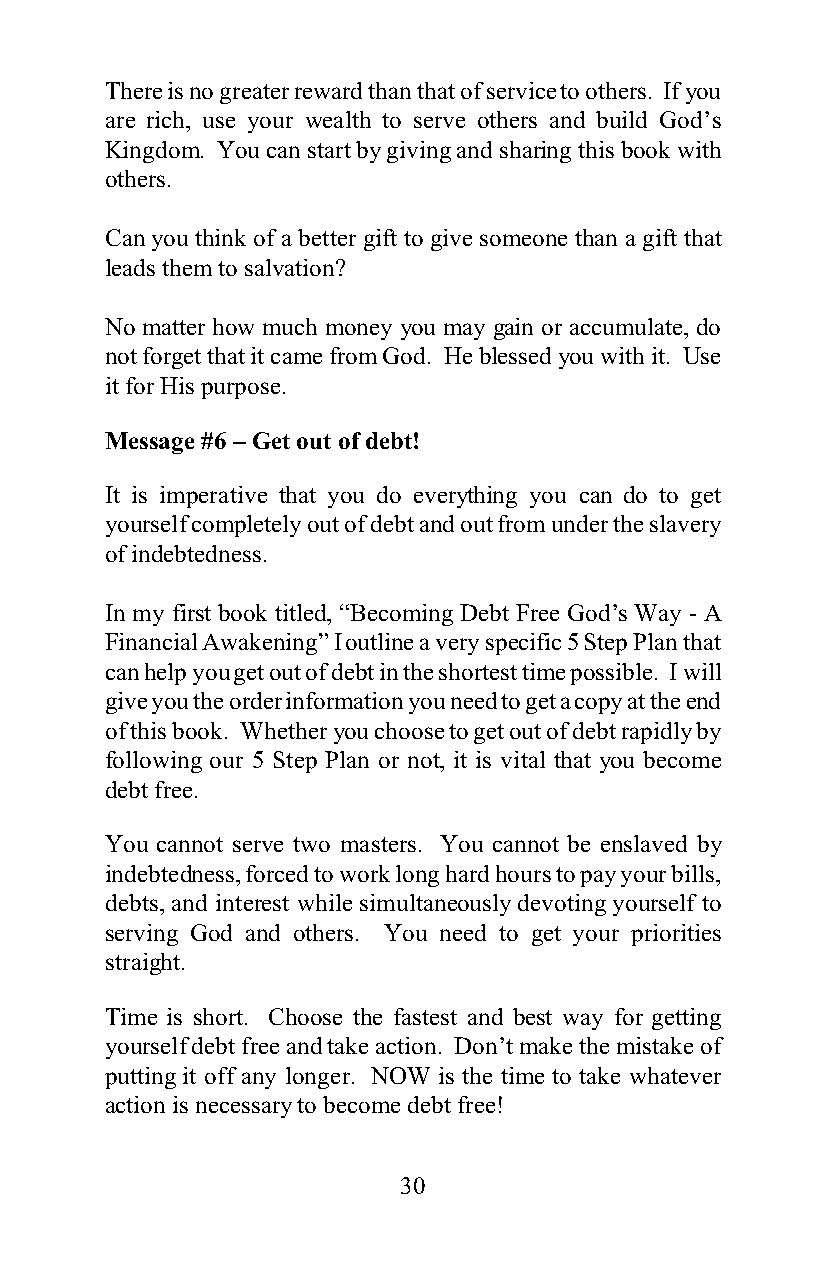
There is no greater reward than that of service to others. If you
 are rich, use your wealth to serve others and build God’s
 Kingdom. You can start by giving and sharing this book with
 others.
 Can you think of a better gift to give someone than a gift that
 leads them to salvation?
 No matter how much money you may gain or accumulate, do
 not forget that it came from God. He blessed you with it. Use
 it for His purpose.
 Message #6 – Get out of debt!
 It is imperative that you do everything you can do to get
 yourself completely out of debt and out from under the slavery
 of indebtedness.
 In my first book titled, “Becoming Debt Free God’s Way - A
 Financial Awakening” I outline a very specific 5 Step Plan that
 can help you get out of debt in the shortest time possible. I will
 give you the order information you need to get a copy at the end
 of this book. Whether you choose to get out of debt rapidly by
 following our 5 Step Plan or not, it is vital that you become
 debt free.
 You cannot serve two masters. You cannot be enslaved by
 indebtedness, forced to work long hard hours to pay your bills,
 debts, and interest while simultaneously devoting yourself to
 serving God and others. You need to get your priorities
 straight.
 Time is short. Choose the fastest and best way for getting
 yourself debt free and take action. Don’t make the mistake of
 putting it off any longer. NOW is the time to take whatever
 action is necessary to become debt free!
 30